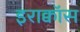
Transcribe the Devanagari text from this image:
इराक्वॉस